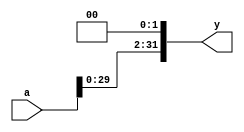
module sl2 (input [31:0] a,
            output [31:0] y);
    // shift left by 2
    assign y = {a[29:0], 2'b00};
    // original code ad a[29:01] which doesnt truncate the
    // first bit (the amount of lines to skip) to be multiplied by 4
endmodule